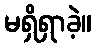
မရှိရှာခဲ့။